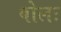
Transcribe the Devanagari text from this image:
बोलः